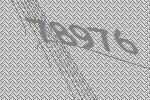
78976